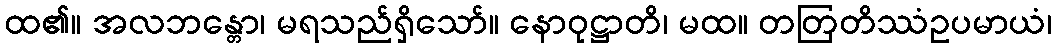
ထ၏။ အလဘန္တော၊ မရသည်ရှိသော်။ နောဝုဋ္ဌာတိ၊ မထ။ တတြတိဿံဥပမာယံ၊